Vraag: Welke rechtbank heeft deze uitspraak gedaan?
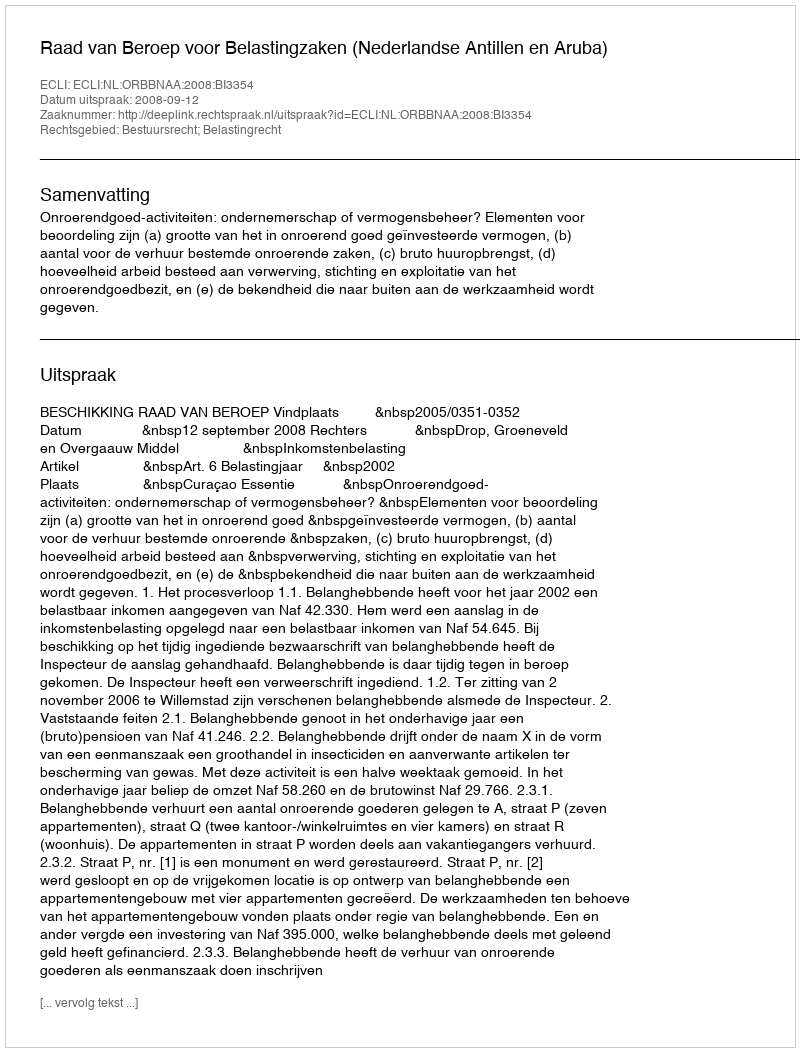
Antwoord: Raad van Beroep voor Belastingzaken (Nederlandse Antillen en Aruba)